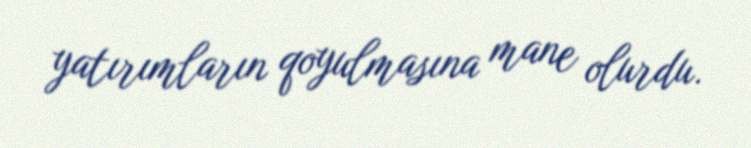
yatırımların qoyulmasına mane olurdu.